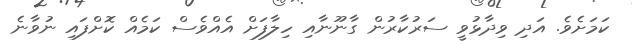
ކަމަށެވެ. އަދި ވިދާޅުވީ ސަރުކާރުން ގާނޫނާއި ހިލާފަށް އެއްވެސް ކަމެއް ކޮށްފައި ނުވާނެ